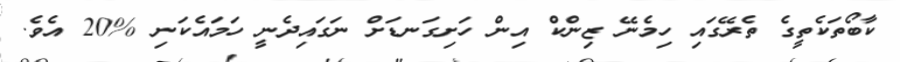
ކާބޯތަކެތީގެ ތެރޭގައި ހިމެނޭ ޒިންކް އިން ހަށިގަނޑަށް ނަގައިދެނީ ހަމައެކަނި %20 އެވެ.